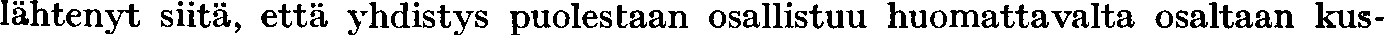
lähtenyt siitä, että yhdistys puolestaan osallistuu huomattavalta osaltaan kus-